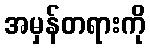
အမှန်တရားကို